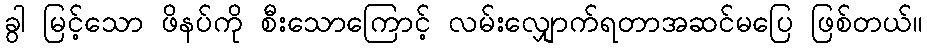
ခွါ မြင့်သော ဖိနပ်ကို စီးသောကြောင့် လမ်းလျှောက်ရတာအဆင်မပြေ ဖြစ်တယ်။